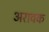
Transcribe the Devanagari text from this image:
अरावक